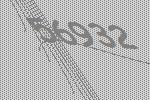
56932